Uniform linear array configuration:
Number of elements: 32
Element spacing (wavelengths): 0.25
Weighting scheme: blackman
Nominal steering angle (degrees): -15
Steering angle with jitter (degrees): -14.725
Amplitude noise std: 0.05
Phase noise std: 0.05

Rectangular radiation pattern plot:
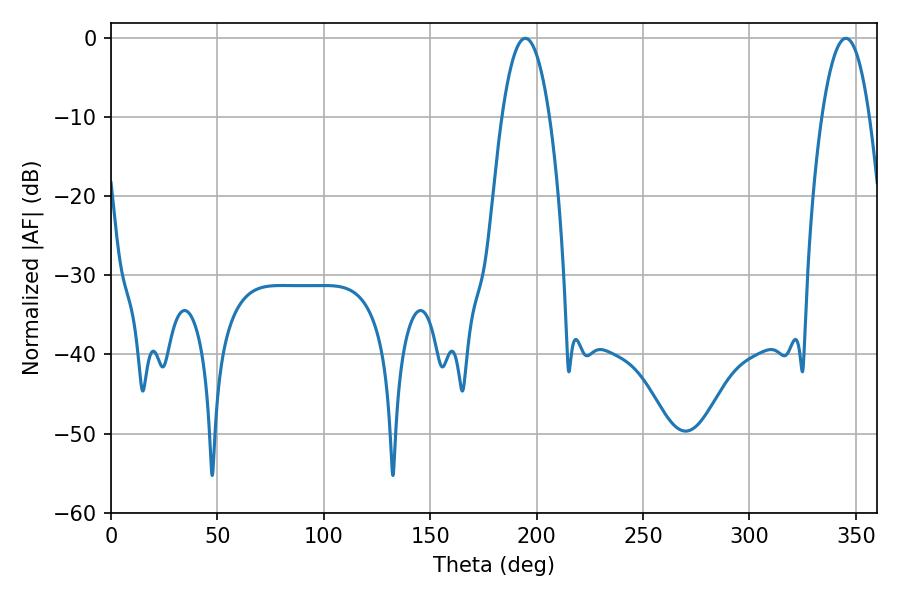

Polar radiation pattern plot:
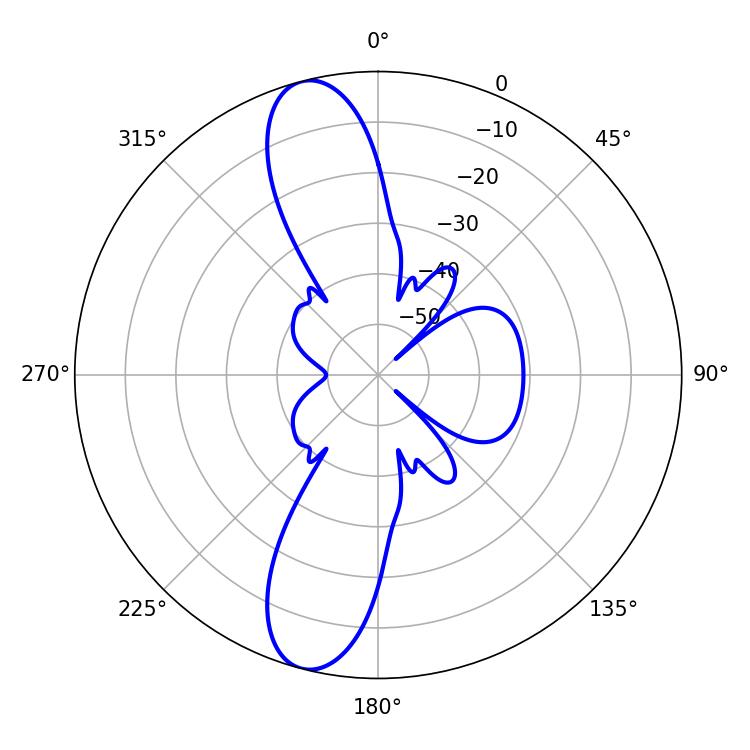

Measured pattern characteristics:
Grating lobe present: FALSE
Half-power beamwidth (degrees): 12.24
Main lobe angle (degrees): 194.76